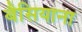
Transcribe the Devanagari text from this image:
बैसियाना